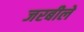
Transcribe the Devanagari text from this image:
जरबीले